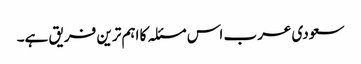
سعودی عرب اس مسئلہ کا اہم ترین فریق ہے۔